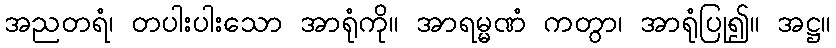
အညတရံ၊ တပါးပါးသော အာရုံကို။ အာရမ္မဏံ ကတွာ၊ အာရုံပြု၍။ အဋ္ဌ။